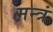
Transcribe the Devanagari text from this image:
मन्त्रं